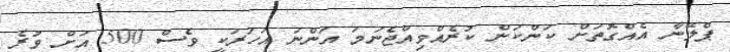
ޕްލޭނާ އެއްގޮތަށް ކަންކަން ކުރެއްވިއްޖެނަމަ އަންނަ އަހަރަކީ ވެސް 500 އަށް ވުރެ